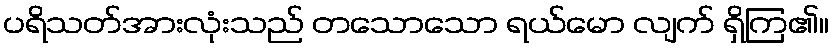
ပရိသတ်အားလုံးသည် တသောသော ရယ်မော လျက် ရှိကြ၏။